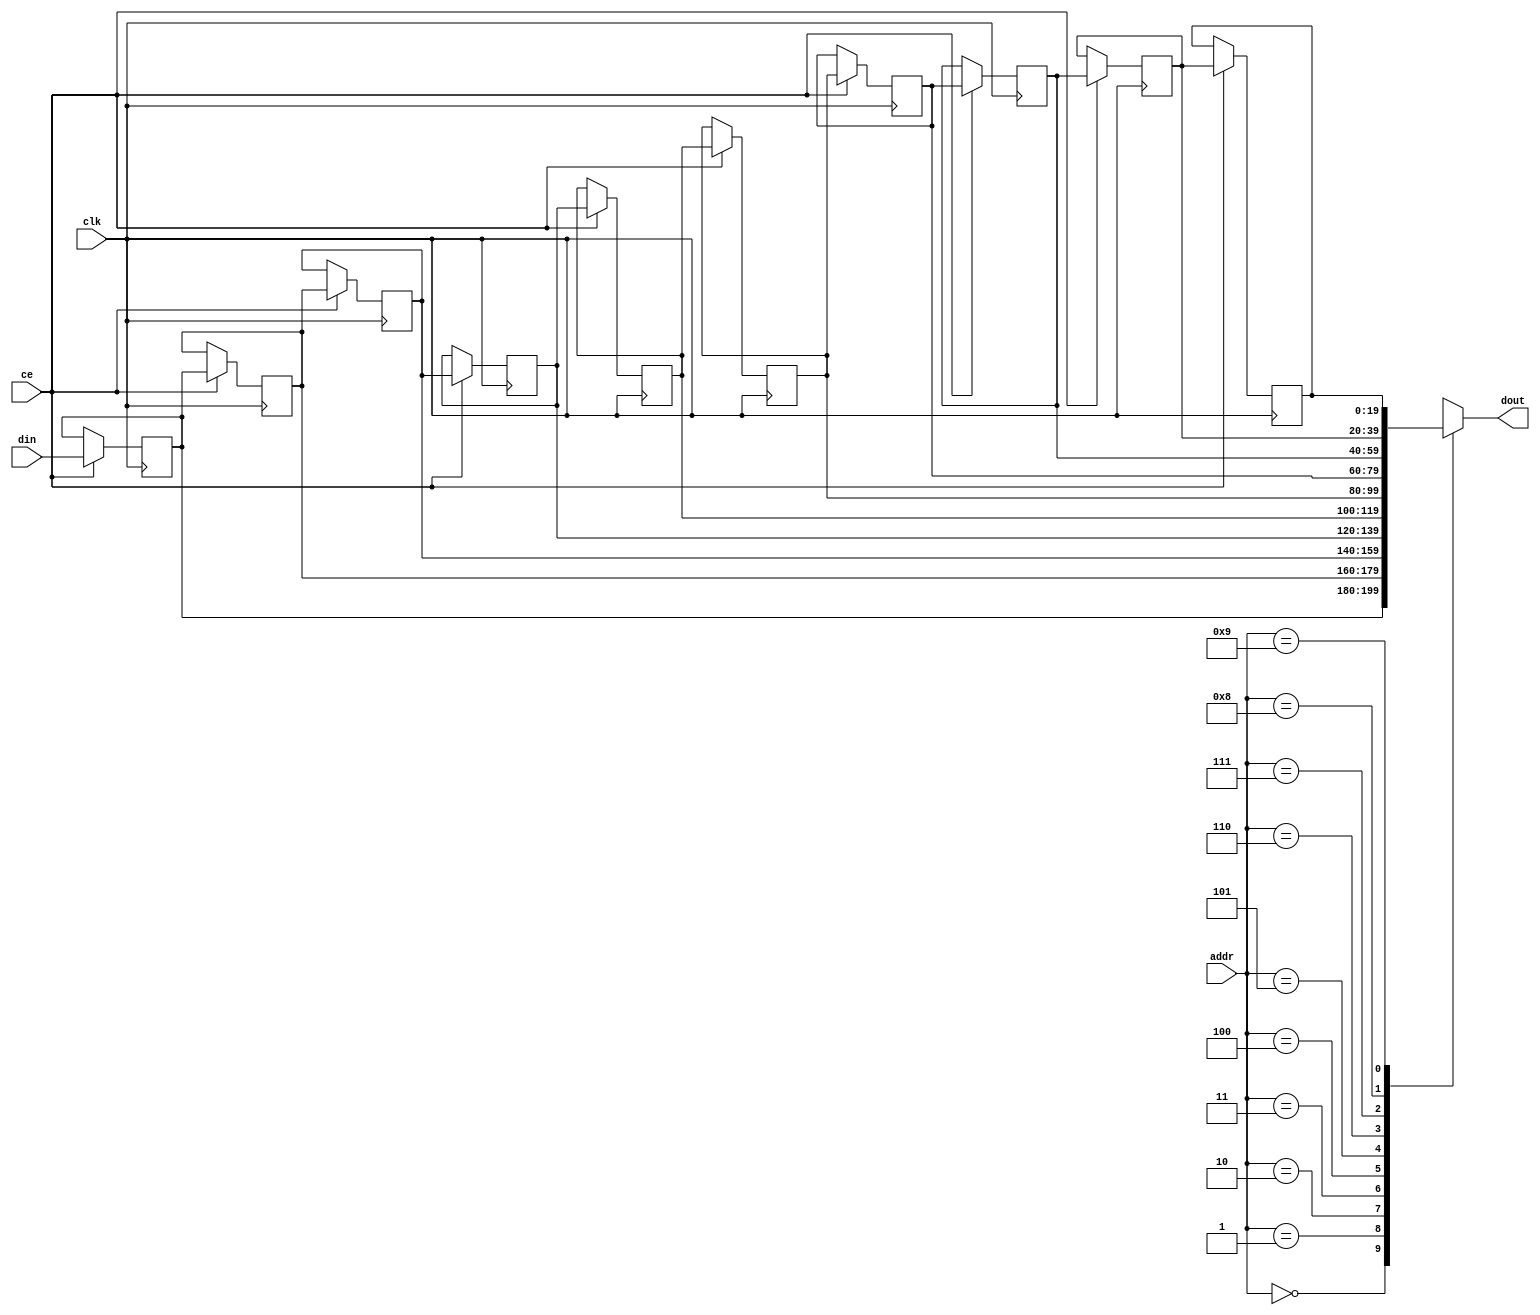
// ==============================================================
// Vivado(TM) HLS - High-Level Synthesis from C, C++ and SystemC v2020.1 (64-bit)
// Copyright 1986-2020 Xilinx, Inc. All Rights Reserved.
// ==============================================================

`timescale 1 ns / 1 ps

module shift_line_buffer_array_ap_fixed_1u_config2_s_line_bufferbkb_core (
    clk,
    ce,
    din,
    addr,
    dout);

parameter DATA_WIDTH = 32'd20;
parameter ADDR_WIDTH = 32'd4;
parameter DEPTH = 5'd10;

input clk;
input ce;
input [DATA_WIDTH-1:0] din;
input [ADDR_WIDTH-1:0] addr;
output [DATA_WIDTH-1:0] dout;


reg[DATA_WIDTH-1:0] ShiftRegMem[0:DEPTH-1];
integer i;

initial
begin
    for(i=0;i<DEPTH;i=i+1)
        ShiftRegMem[i] <= {DATA_WIDTH{1'b0}};
end

always @ (posedge clk)
begin
    if (ce)
    begin
        for(i=0;i<DEPTH-1;i=i+1)
            ShiftRegMem[i+1] <= ShiftRegMem[i];
        ShiftRegMem[0] <= din;
    end
end

assign dout = ShiftRegMem[addr];

endmodule

module shift_line_buffer_array_ap_fixed_1u_config2_s_line_bufferbkb (
    clk,
    reset,
    address0,
    ce0,
    we0,
    d0,
    q0);

parameter DataWidth = 32'd20;
parameter AddressRange = 32'd10;
parameter AddressWidth = 32'd4;

input clk;
input reset;
input [AddressWidth-1:0] address0;
input ce0;
input we0;
input [DataWidth-1:0] d0;
output [DataWidth-1:0] q0;

shift_line_buffer_array_ap_fixed_1u_config2_s_line_bufferbkb_core #(
    .DATA_WIDTH( DataWidth ),
    .ADDR_WIDTH( AddressWidth ),
    .DEPTH( AddressRange ))
shift_line_buffer_array_ap_fixed_1u_config2_s_line_bufferbkb_core_U(
    .clk(clk),
    .ce(we0),
    .din(d0),
    .addr(address0),
    .dout(q0)
);

endmodule